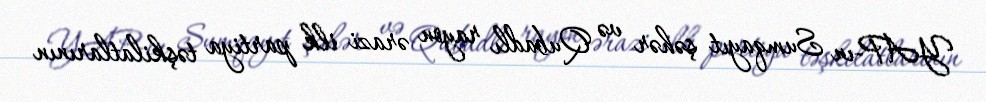
YAP-ın Sumqayıt şəhər və Qubadlı rayon ərazi ilk partiya təşkilatlarının